Scottish Certificate of Education, 1963
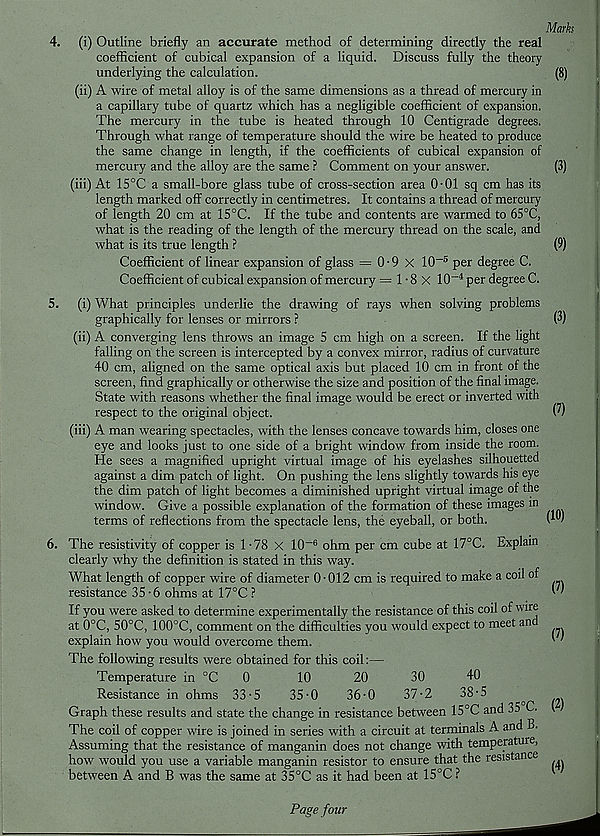
Mark
4. (i) Outline briefly an accurate method of determining directly the real
coefficient of cubical expansion of a liquid. Discuss fully the theory
underlying the calculation.
(8)
(ii) A wire of metal alloy is of the same dimensions as a thread of mercury in
a capillary tube of quartz which has a negligible coefficient of expansion.
The mercury in the tube is heated through 10 Centigrade degrees.
Through what range of temperature should the wire be heated to produce
the same change in length, if the coefficients of cubical expansion of
mercury and the alloy are the same ? Comment on your answer.
(3)
(iii) At 15°C a small-bore glass tube of cross-section area 0-01 sq cm has its
length marked off correctly in centimetres. It contains a thread of mercury
of length 20 cm at 15°C. If the tube and contents are warmed to 65°C,
what is the reading of the length of the mercury thread on the scale, and
what is its true length ?
(9)
Coefficient of linear expansion of glass = 0-9 X 10~5 per degree C.
Coefficient of cubical expansion of mercury = 1 • 8 X 10 -1 per degree C.
5. (i) What principles underlie the drawing of rays when solving problems
graphically for lenses or mirrors ?
(ii) A converging lens throws an image 5 cm high on a screen. If the light
falling on the screen is intercepted by a convex mirror, radius of curvature
40 cm, aligned on the same optical axis but placed 10 cm in front of the
screen, find graphically or otherwise the size and position of the final image.
State with reasons whether the final image would be erect or inverted with
respect to the original object.
(iii) A man wearing spectacles, with the lenses concave towards him, closes one
eye and looks just to one side of a bright window from inside the room.
He sees a magnified upright virtual image of his eyelashes silhouetted
against a dim patch of light. On pushing the lens slightly towards his eye
the dim patch of light becomes a diminished upright virtual image of the
window. Give a possible explanation of the formation of these images in
terms of reflections from the spectacle lens, the eyeball, or both.
6. The resistivity of copper is 1-78 X 10 -8 ohm per cm cube at 17°C. Explain
clearly why the definition is stated in this way.
What length of copper wire of diameter 0-012 cm is required to make a coil of
resistance 35-6 ohms at 17°C ?
If you were asked to determine experimentally the resistance of this coil of wire
at 0°C, 50°C, 100°C, comment on the difficulties you would expect to meet and
explain how you would overcome them.
The following results were obtained for this coil:—
Temperature in °C
0
10
20
30
40
Resistance in ohms 33-5
35-0
36-0
37-2
38-5
Graph these results and state the change in resistance between 15°C and 35 C.
The coil of copper wire is joined in series with a circuit at terminals A and B.
Assuming that the resistance of manganin does not change with temperature,
how would you use a variable manganin resistor to ensure that the resistance
between A and B was the same at 35°C as it had been at 15°C ?
(3)
(7)
(10)
(7)
(7)
(2)
(4)
Page four